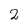
Character: 2